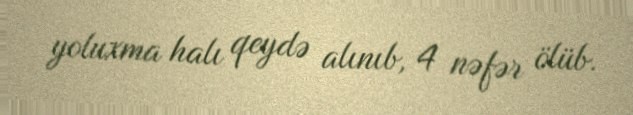
yoluxma halı qeydə alınıb, 4 nəfər ölüb.